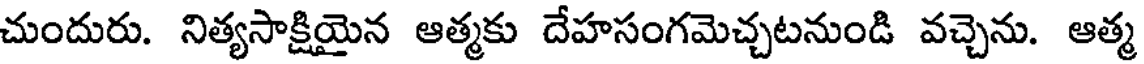
చుందురు. నిత్యసాక్షియైన ఆత్మకు దేహసంగమెచ్చటనుండి వచ్చెను. ఆత్మ